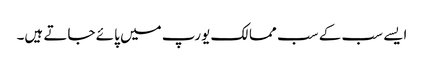
ایسے سب کے سب ممالک یورپ میں پائے جاتے ہیں۔